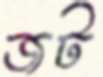
জট